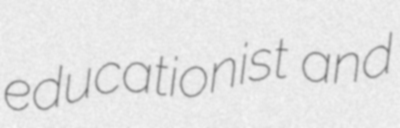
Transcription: educationist and